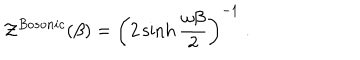
{ \cal Z } ^ { B o s o n i c } ( \beta ) = \left( 2 \sinh { \frac { \omega \beta } { 2 } } \right) ^ { - 1 } \; .